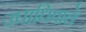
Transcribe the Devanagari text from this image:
उपाधिवाले